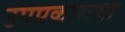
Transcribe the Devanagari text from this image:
उपप्रकाराचा